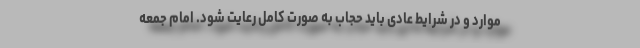
موارد و در شرایط عادی باید حجاب به صورت کامل رعایت شود. امام جمعه